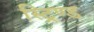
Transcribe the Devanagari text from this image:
स्ट्रिण्ड